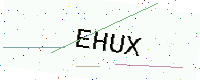
Text: EHUX